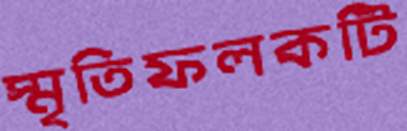
স্মৃতিফলকটি